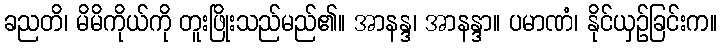
ခညတိ၊ မိမိကိုယ်ကို တူးဖြိုးသည်မည်၏။ အာနန္ဒ၊ အာနန္ဒာ။ ပမာဏံ၊ နိုင်ယှဉ်ခြင်းက။